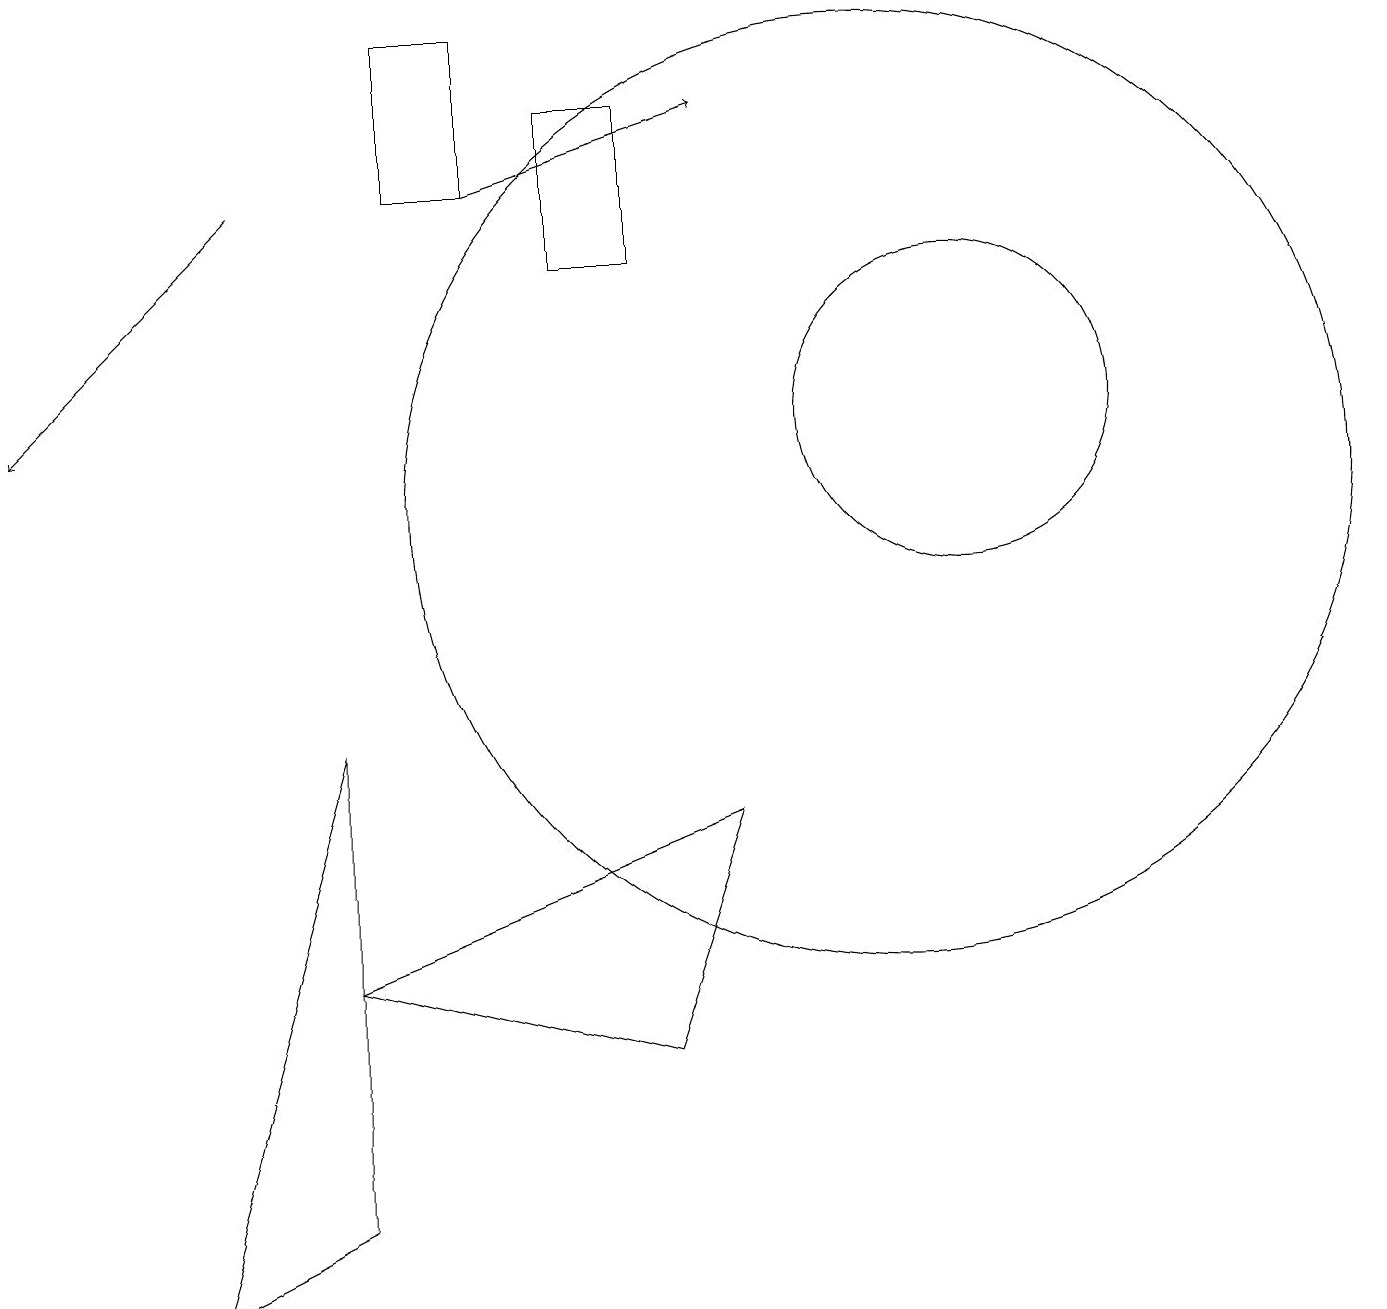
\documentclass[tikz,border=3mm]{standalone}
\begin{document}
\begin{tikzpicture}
\draw (9,7) -- (4,5) -- (8,4) -- cycle;
\draw (6,17) rectangle (5,15);
\draw (12,12) circle (2);
\draw[->] (3,15) -- (0,12);
\draw (11,11) circle (6);
\draw (4,8) -- (4,2) -- (2,1) -- cycle;
\draw[->] (6,15) -- (9,16);
\draw (8,14) rectangle (7,16);
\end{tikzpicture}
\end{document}